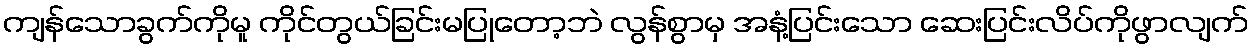
ကျန်သောခွက်ကိုမူ ကိုင်တွယ်ခြင်းမပြုတော့ဘဲ လွန်စွာမှ အနံ့ပြင်းသော ဆေးပြင်းလိပ်ကိုဖွာလျက်